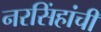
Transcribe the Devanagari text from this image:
नरसिंहांची